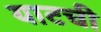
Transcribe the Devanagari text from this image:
याटची